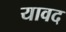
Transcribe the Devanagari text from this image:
यावद